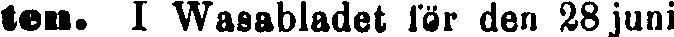
ten. I Wasabladet för den 28 juni